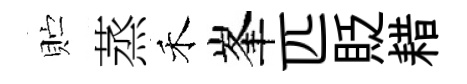
贮蒸禾峯匹貶耤